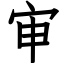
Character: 审